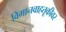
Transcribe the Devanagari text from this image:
विमानवाहतूकीवर